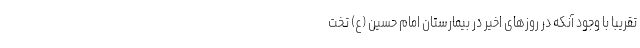
تقریبا با وجود آنکه در روزهای اخیر در بیمارستان امام حسین (ع) تخت